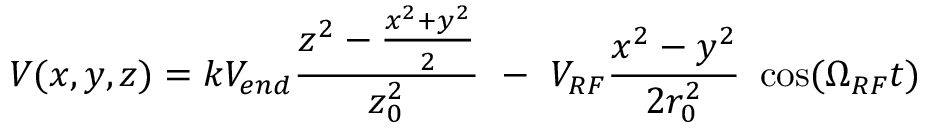
V ( x , y , z ) = k V _ { e n d } \frac { z ^ { 2 } - \frac { x ^ { 2 } + y ^ { 2 } } { 2 } } { z _ { 0 } ^ { 2 } } \ - \ V _ { R F } \frac { x ^ { 2 } - y ^ { 2 } } { 2 r _ { 0 } ^ { 2 } } \ \cos ( \Omega _ { R F } t )